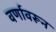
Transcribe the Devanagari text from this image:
वर्णावरून